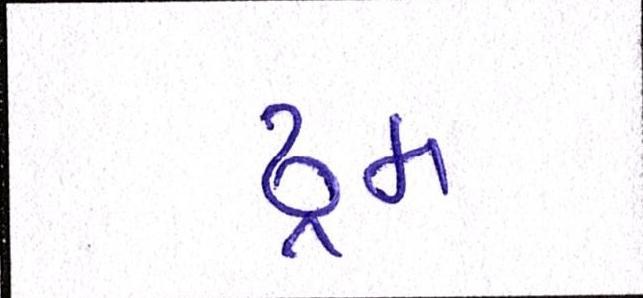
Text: ડ્રમ